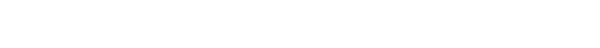
အကုသလာ၊ အကုသိုလ်ဖြစ်ကုန်သော။ တေဓမ္မာ၊ ထိုတရားတို့သည်။ အပရိသေသာ၊